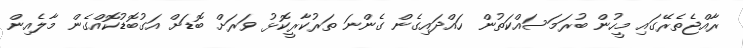
ރާއްޖެތެރޭގައި މީހުން ބުރަމަސައްކަތުން ހައްދައިގެން ގެންނަ ތަރުކާރީކޮޅު ވަރަށް ބޮޑަށް އަގުބޮޑުކޮއްގެން މާލެއިން